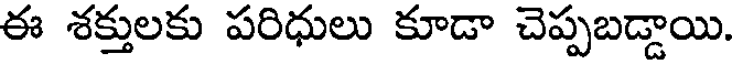
ఈ శక్తులకు పరిధులు కూడా చెప్పబడ్డాయి.